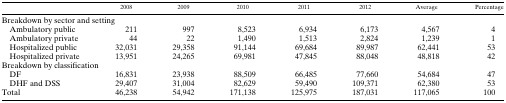
<table><thead><tr><td></td><td><b>2008</b></td><td><b>2009</b></td><td><b>2010</b></td><td><b>2011</b></td><td><b>2012</b></td><td><b>Average</b></td><td><b>Percentage</b></td></tr></thead><tbody><tr><td colspan="8">Breakdown by sector and setting</td></tr><tr><td> Ambulatory public</td><td>211</td><td>997</td><td>8,523</td><td>6,934</td><td>6,173</td><td>4,567</td><td>4</td></tr><tr><td> Ambulatory private</td><td>44</td><td>22</td><td>1,490</td><td>1,513</td><td>2,824</td><td>1,239</td><td>1</td></tr><tr><td> Hospitalized public</td><td>32,031</td><td>29,358</td><td>91,144</td><td>69,684</td><td>89,987</td><td>62,441</td><td>53</td></tr><tr><td> Hospitalized private</td><td>13,951</td><td>24,265</td><td>69,981</td><td>47,845</td><td>88,048</td><td>48,818</td><td>42</td></tr><tr><td colspan="8">Breakdown by classification</td></tr><tr><td> DF</td><td>16,831</td><td>23,938</td><td>88,509</td><td>66,485</td><td>77,660</td><td>54,684</td><td>47</td></tr><tr><td> DHF and DSS</td><td>29,407</td><td>31,004</td><td>82,629</td><td>59,490</td><td>109,371</td><td>62,380</td><td>53</td></tr><tr><td>Total</td><td>46,238</td><td>54,942</td><td>171,138</td><td>125,975</td><td>187,031</td><td>117,065</td><td>100</td></tr></tbody></table>